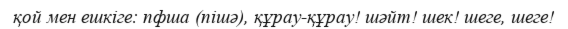
қой мен ешкіге: пфша (пішә), құрау-құрау! шәйт! шек! шеге, шеге!